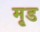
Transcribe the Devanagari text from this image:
मृड